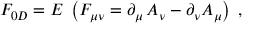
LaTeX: F _ { 0 D } = E \; \left( F _ { \mu \nu } = \partial _ { \mu } \, A _ { \nu } - \partial _ { \nu } A _ { \mu } \right) \; ,